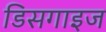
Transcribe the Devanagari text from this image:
डिसगाइज